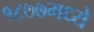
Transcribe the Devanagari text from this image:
१८७७मध्ये